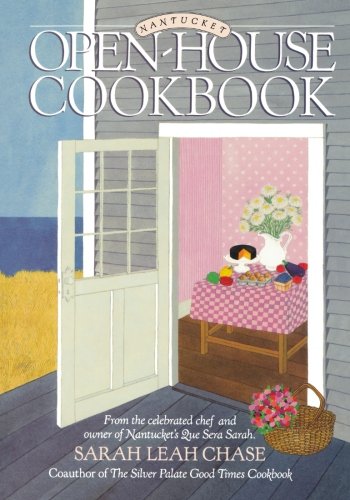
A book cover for Nantucket Open-House Cookbook; Sarah Leah Chase; Cookbooks, Food & Wine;